Lunatic asylums United Prov. 1922-30 - 1922-1930
Year: 1922
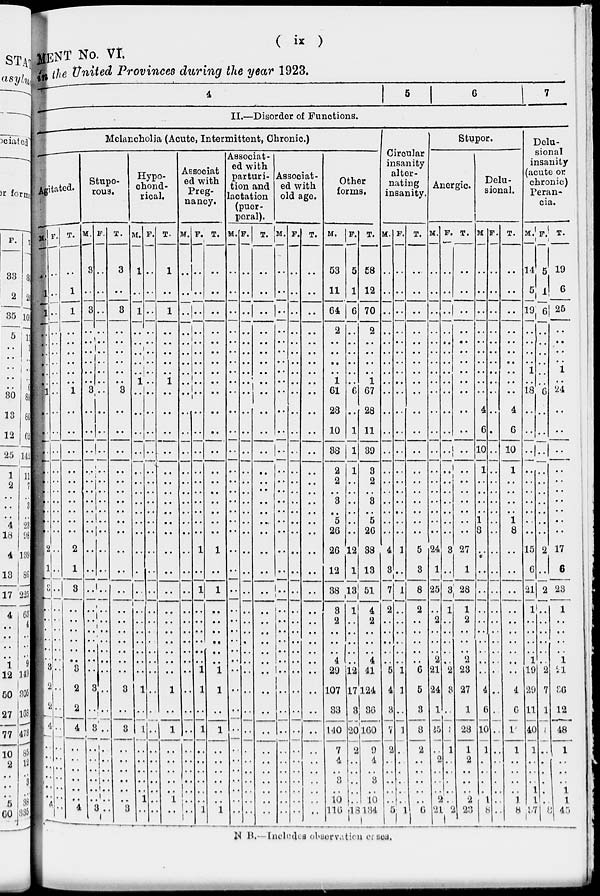
( ix )
MENT No. VI.
in the United Provinces during the year 1923.
4
5
6
7
II.—Disorder of Functions.
Melancholia (Acute, Intermittent, Chronic.)
Agitated.
M.
..
1
1
..
..
..
..
..
..
1
..
..
..
..
..
..
..
..
..
..
2
1
3
..
..
..
..
..
..
3
2
2
4
..
..
..
..
..
..
4
F.
..
..
..
..
..
..
..
..
..
..
..
..
..
..
..
..
..
..
..
..
..
..
..
..
..
..
..
..
..
..
..
..
..
..
..
..
..
..
..
..
T.
..
1
1
..
..
..
..
..
..
1
..
..
..
..
..
..
..
..
..
..
2
1
3
..
..
..
..
..
..
3
2
2
4
..
..
..
..
..
..
4
Stupo-
rous.
M.
3
..
3
..
..
..
..
..
..
3
..
..
..
..
..
..
..
..
..
..
..
..
..
..
..
..
..
..
..
..
3
..
3
..
..
..
..
..
..
..
F.
..
..
..
..
..
..
..
..
..
..
..
..
..
..
..
..
..
..
..
..
..
..
..
..
..
..
..
..
..
..
.. ..
..
..
..
..
..
..
..
3
T.
3
..
3
..
..
..
..
..
..
3
..
..
..
..
..
..
..
..
..
..
..
..
..
..
..
..
..
..
..
..
3
..
3
..
..
..
..
..
..
3
Hypo-
chond-
rical.
M.
1
..
1
..
..
..
..
..
1
..
..
..
..
..
..
..
..
..
..
..
..
..
..
..
..
..
..
..
..
..
1
..
1
..
..
..
..
..
1
..
F.
..
..
..
..
..
..
..
..
..
..
..
..
..
..
..
..
..
..
..
..
..
..
..
..
..
..
..
..
..
..
..
..
..
..
..
..
..
..
..
..
T.
1
..
1
..
..
..
..
..
1
..
..
..
..
..
..
..
..
..
..
..
..
..
..
..
..
..
..
..
..
..
1
..
1
..
..
..
..
..
1
..
Associat
ed with
Preg-
nancy.
M.
..
..
..
..
..
..
..
..
..
..
..
..
..
..
..
..
..
..
..
..
..
..
..
..
..
..
..
..
..
..
..
..
..
..
..
..
..
..
..
..
F.
..
..
..
..
..
..
..
..
..
..
..
..
..
..
..
..
..
..
..
..
1
..
1
..
..
..
..
..
..
1
1
..
1
..
..
..
..
..
..
1
T.
..
..
..
..
..
..
..
..
..
..
..
..
..
..
..
..
..
..
..
..
1
..
1
..
..
..
..
..
..
1
1
..
1
..
..
..
..
..
..
1
Associat-
ed with
parturi-
tion and
lactation
(puer-
peral).
M.
..
..
..
..
..
..
..
..
..
..
..
..
..
..
..
..
..
..
..
..
..
..
..
..
..
..
..
..
..
..
..
..
..
..
..
..
..
..
..
..
F.
..
..
..
..
..
..
..
..
..
..
..
..
..
..
..
..
..
..
..
..
..
..
..
..
..
..
..
..
..
..
..
..
..
..
..
..
..
..
..
..
T.
..
..
..
..
..
..
..
..
..
..
..
..
..
..
..
..
..
..
..
..
..
..
..
..
..
..
..
..
..
..
..
..
..
..
..
..
..
..
..
..
Associat-
ed with
old age.
M.
..
..
..
..
..
..
..
..
..
..
..
..
..
..
..
..
..
..
..
..
..
..
..
..
..
..
..
..
..
..
..
..
..
..
..
..
..
..
..
..
F.
..
..
..
..
..
..
..
..
..
..
..
..
..
..
..
..
..
..
..
..
..
..
..
..
..
..
..
..
..
..
..
..
..
..
..
..
..
..
..
..
T.
..
..
..
..
..
..
..
..
..
..
..
..
..
..
..
..
..
..
..
..
..
..
..
..
..
..
..
..
..
..
..
..
..
..
..
..
..
..
..
..
Other
forms.
M.
53
11
64
2
..
..
..
..
1
61
28
10
38
2
2
..
3
..
5
26
26
12
38
3
2
..
..
..
4
29
107
33
140
7
4
..
3
..
10
116
F.
5
1
6
..
..
..
..
..
..
6
..
1
1
1
..
..
..
..
..
..
12
1
13
1
..
..
..
..
..
12
17
3
20
2
..
..
..
..
..
l8
T.
58
12
70
2
..
..
..
..
1
67
28
11
39
3
2
..
3
..
5
26
38
13
51
4
2
..
..
..
4
41
124
36
160
9
4
..
3
..
10
134
Circular
insanity
alter-
nating
insanity.
M.
..
..
..
..
..
..
..
..
..
..
..
..
..
..
..
..
..
..
..
..
4
3
7
2
..
..
..
..
..
5
4
3
7
2
..
..
..
..
..
5
F.
..
..
..
..
..
..
..
..
..
..
..
..
..
..
..
..
..
..
..
..
1
..
1
..
..
..
..
..
..
1
1
..
1
..
..
..
..
..
..
1
T.
..
..
..
..
..
..
..
..
..
..
..
..
..
..
..
..
..
..
..
..
5
3
8
2
..
..
..
..
..
6
5
3
8
2
..
..
..
..
..
6
Stupor.
Anergic.
M.
..
..
..
..
..
..
..
..
..
..
..
..
..
..
..
..
..
..
..
..
24
1
25
..
2
..
..
..
2
21
24
1
25
..
2
..
..
..
2
2
F.
..
..
..
..
..
..
..
..
..
..
..
..
..
..
..
..
..
..
..
..
3
..
3
1
..
..
..
..
..
2
3
..
3
1
..
..
..
..
..
21
T.
..
..
..
..
..
..
..
..
..
..
..
..
..
..
..
..
..
..
..
..
27
1
28
1
2
..
..
..
2
23
27
1
28
1
2
..
..
..
2
23
Delu-
sional.
M.
..
..
..
..
..
..
..
..
..
..
4
6
10
1
..
..
..
..
1
8
..
..
..
..
..
..
..
..
..
..
4
6
10
1
..
..
..
..
1
8
F.
..
..
..
..
..
..
..
..
..
..
..
..
..
..
..
..
..
..
..
..
..
..
..
..
..
..
..
..
..
..
..
..
..
..
..
..
..
..
..
..
T.
..
..
..
..
..
..
..
..
..
..
4
6
10
1
..
..
..
..
1
8
..
..
..
..
..
..
..
..
..
..
4
6
1
1
..
..
..
..
1
8
Delu-
sional
insanity
(acute or
chronic)
Peran-
cia.
M.
14
5
19
..
..
..
..
1
..
18
..
..
..
..
..
..
..
..
..
..
15
6
21
1
..
..
..
..
1
19
29
11
40
1
..
..
..
1
1
37
F.
5
1
6
..
..
..
..
..
..
6
..
..
..
..
..
..
..
..
..
..
2
..
2
..
..
..
..
..
..
2
7
1
8
..
..
..
..
..
..
8
T.
19
6
25
..
..
..
..
1
..
24
..
..
..
..
..
..
..
..
..
..
17
6
23
1
..
..
..
..
1
2l
36
12
48
1
..
..
..
1
1
45
N. B.-Includes observation cases.